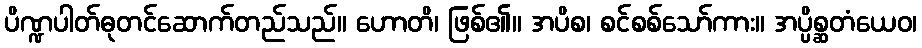
ပိဏ္ဍပါတ်ဓုတင်ဆောက်တည်သည်။ ဟောတိ၊ ဖြစ်၏။ အပိစ၊ စင်စစ်သော်ကား။ အပ္ပိစ္ဆတံယေဝ၊